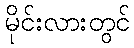
မိုင်းလားတွင်